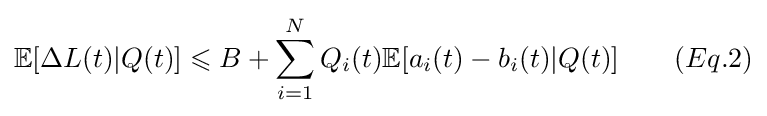
\mathbb {E} [\Delta L(t)|Q(t)]\leqslant B+\sum _{i=1}^{N}Q_{i}(t)\mathbb {E} [a_{i}(t)-b_{i}(t)|Q(t)]\qquad (Eq.2)